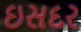
ઇસદર